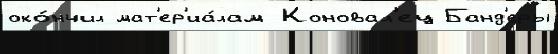
око́нчил мат'ер'иа́лам Коновал'ец Банд'еры